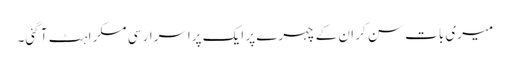
میری بات سن کر ان کے چہرے پر ایک پراسرار سی مسکراہٹ آ گئی۔